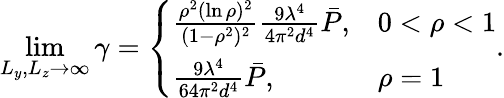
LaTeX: \operatorname*{lim}_{L_{y},L_{z}\rightarrow\infty}\gamma=\left\{ \begin{array}{ll}{\frac{\rho^{2}(\ln\rho)^{2}}{(1-\rho^{2})^{2}}\frac{9\lambda^{4}}{4\pi^{2}d^{4}}\bar{P},}&{0<\rho<1}\\ {\frac{9\lambda^{4}}{64\pi^{2}d^{4}}\bar{P},}&{\rho=1}\end{array}\right..